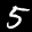
Label: 5